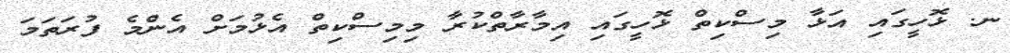
ނ. ޅޮހީގައި އަޅާ މިސްކިތް ޅޮހީގައި އިމާރާތްކުރާ މިމިސްކިތް އެޅުމަށް އެންމެ ފުރަތަމަ